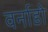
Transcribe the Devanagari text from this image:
वर्नाडो